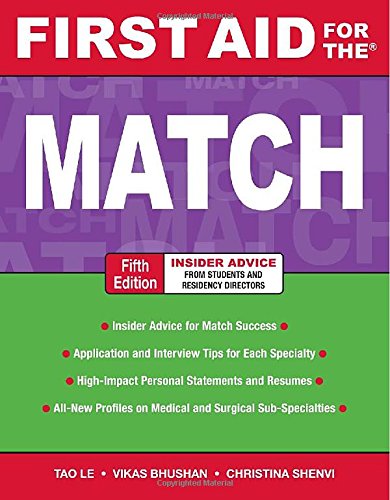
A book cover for First Aid for the Match, Fifth Edition (First Aid Series); Tao Le; Health, Fitness & Dieting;